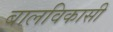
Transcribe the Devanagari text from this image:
बालविकासी